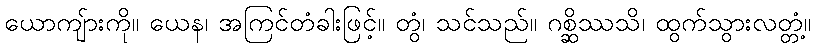
ယောကျ်ားကို။ ယေန၊ အကြင်တံခါးဖြင့်။ တွံ၊ သင်သည်။ ဂစ္ဆိဿသိ၊ ထွက်သွားလတ္တံ့။